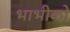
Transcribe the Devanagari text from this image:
भाभीको